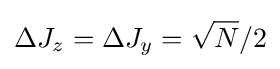
\Delta J_{z}=\Delta J_{y}={\sqrt {N}}/2